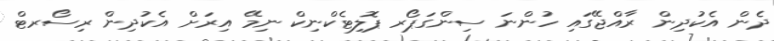
ދެން އެކުދިން ރާއްޖޭގައި ހުންނަ ސިންގަޕޯރ ޕޮލިޓެކްނިކް ނިމޭ އިރަށް އެކުދިން ރިސޯރޓް